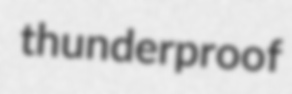
thunderproof